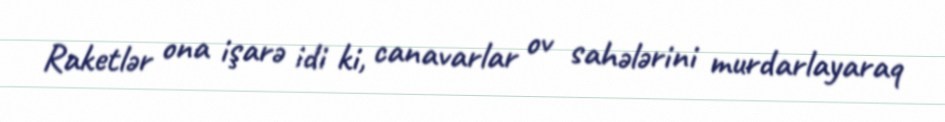
Raketlər ona işarə idi ki, canavarlar ov sahələrini murdarlayaraq